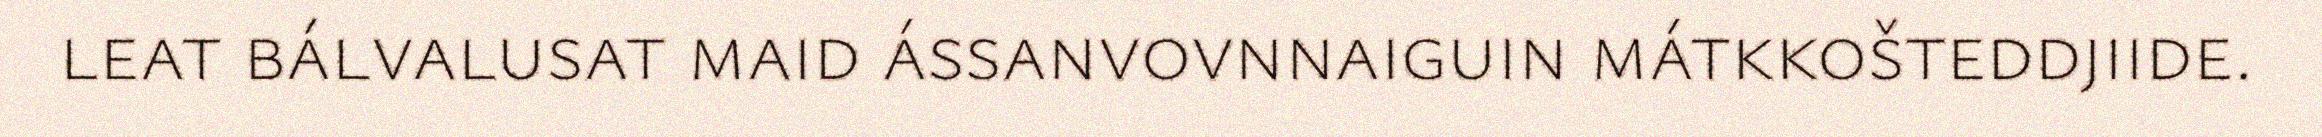
leat bálvalusat maid ássanvovnnaiguin mátkkošteddjiide.